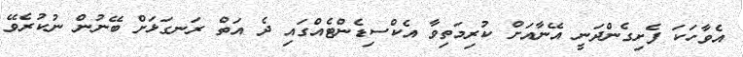
އެވާހަކަ ފެށިގެންދަނީ އޭނާއަށް ކުރިމަތިވާ އެކްސިޑެންޓެއްގައި ދެ އަތް ރަނގަޅަށް ބޭނުން ނުކުރެވޭ